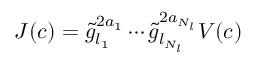
J ( c ) = \tilde { g } _ { l _ { 1 } } ^ { 2 a _ { 1 } } \cdots \tilde { g } _ { l _ { N _ { l } } } ^ { 2 a _ { N _ { l } } } V ( c )